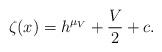
LaTeX: \begin{align*} \zeta(x) = h^{\mu_{V}} + \frac{V}{2} + c.\end{align*}